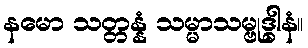
နမော သတ္တန္နံ သမ္မာသမ္ဗုဒ္ဓါနံ။